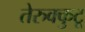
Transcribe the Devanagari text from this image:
तेरुक्कुटू